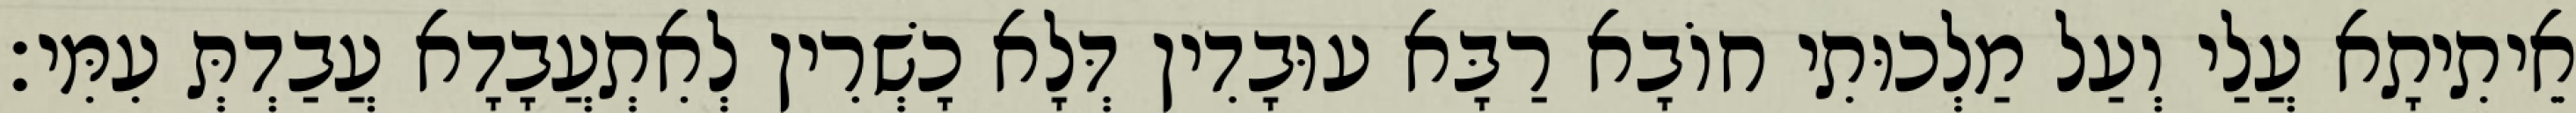
אֵיתִיתָא עֲלַי וְעַל מַלְכוּתִי חוֹבָא רַבָּא עוּבָדִין דְּלָא כָשְׁרִין לְאִתְעֲבָדָא עֲבַדְתְּ עִמִּי׃